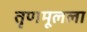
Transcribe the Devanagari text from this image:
तृणमूलला